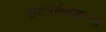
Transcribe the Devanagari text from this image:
संदर्भग्रंथालयात